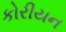
કોરીયન